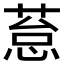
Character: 𰱥